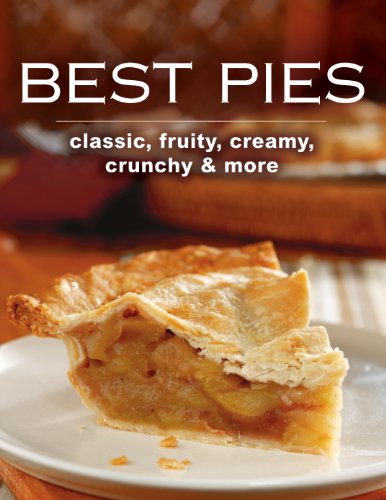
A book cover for Best Pies; Cookbooks, Food & Wine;